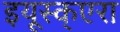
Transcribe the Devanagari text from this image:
इयूस्क्एरा